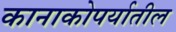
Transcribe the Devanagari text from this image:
कानाकोपर्यातील